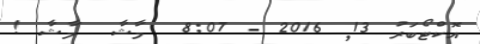
އޮކްޓޯބަރު 13